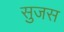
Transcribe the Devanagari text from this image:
सुजस